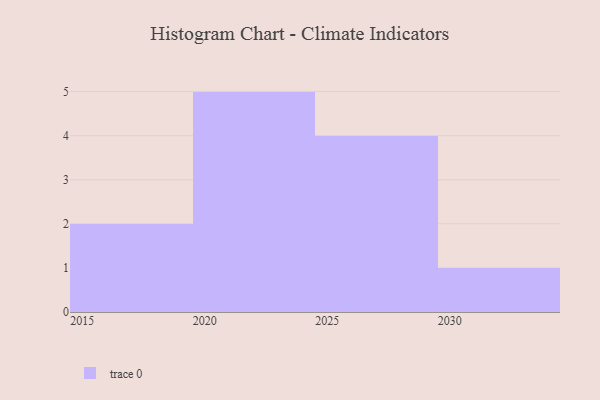
{"axis": {"x": "Year", "y": "Revenue (USD Million)"}, "legend": [""], "data": [{"x": "2021", "y": 15, "type": ""}, {"x": "2029", "y": 32, "type": ""}, {"x": "2017", "y": 85, "type": ""}, {"x": "2027", "y": 43, "type": ""}, {"x": "2025", "y": 52, "type": ""}, {"x": "2020", "y": 14, "type": ""}, {"x": "2030", "y": 65, "type": ""}, {"x": "2028", "y": 43, "type": ""}, {"x": "2016", "y": 16, "type": ""}, {"x": "2024", "y": 52, "type": ""}, {"x": "2023", "y": 93, "type": ""}, {"x": "2022", "y": 12, "type": ""}]}